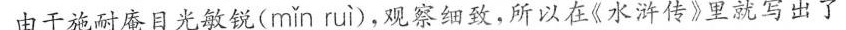
由于施耐庵目光敏锐( mǐn ruì )，观察细致，所以在《水浒传》里就写出了